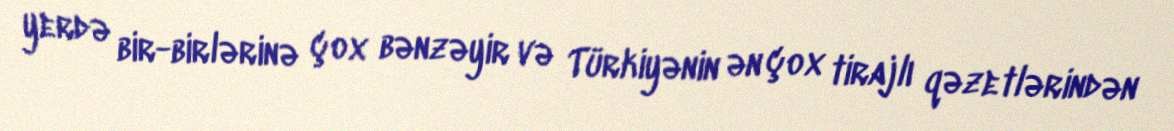
yerdə bir-birlərinə çox bənzəyir və Türkiyənin ən çox tirajlı qəzetlərindən